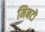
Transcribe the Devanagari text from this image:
मिनटॊ